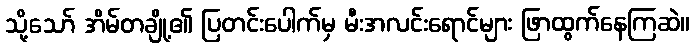
သို့သော် အိမ်တချို့၏ ပြတင်းပေါက်မှ မီးအလင်းရောင်များ ဖြာထွက်နေကြဆဲ။